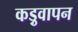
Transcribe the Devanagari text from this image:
कड़ुवापन